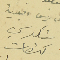
عن رئيس البلدية شكري كنعان